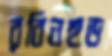
রবিনহুড